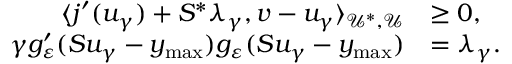
\begin{array} { r l } { \langle j ^ { \prime } ( u _ { \gamma } ) + S ^ { * } \lambda _ { \gamma } , v - u _ { \gamma } \rangle _ { \mathcal { U } ^ { * } , \mathcal { U } } } & { \ge 0 , } \\ { \gamma g _ { \varepsilon } ^ { \prime } ( S u _ { \gamma } - y _ { \operatorname* { m a x } } ) g _ { \varepsilon } ( S u _ { \gamma } - y _ { \operatorname* { m a x } } ) } & { = \lambda _ { \gamma } . } \end{array}